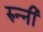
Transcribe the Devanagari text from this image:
रुन्नी